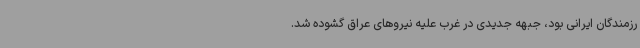
رزمندگان ایرانی بود، جبهه جدیدی در غرب علیه نیروهای عراق گشوده شد.